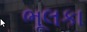
ભૂલકા